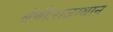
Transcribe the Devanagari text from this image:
श्रेणीःराजस्थान